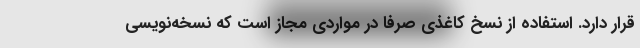
قرار دارد. استفاده از نسخ کاغذی صرفاً در مواردی مجاز است که نسخه‌نویسی